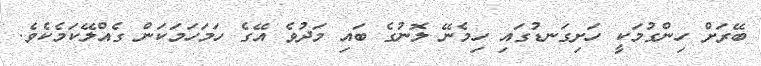
ބޭރަށް ހިންގުމަކީ ހަށިގަނޑުގައި ހިމެނޭ ލޮނުގެ ބައި މަދުވެ އޭގެ ހަމަހަމަކަން ގެއްލޭކަމެކެވެ.